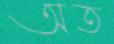
অত